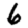
Digit: 6